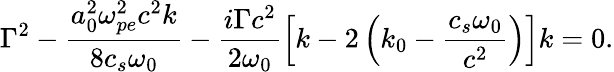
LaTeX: \Gamma^{2}-\frac{a_{0}^{2}\omega_{pe}^{2}c^{2}k}{8c_{s}\omega_{0}}-\frac{i\Gamma c^{2}}{2\omega_{0}}\left[k-2\left(k_{0}-\frac{c_{s}\omega_{0}}{c^{2}}\right)\right]k=0.